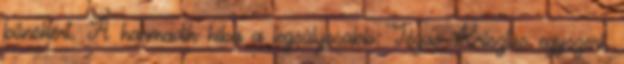
bűnökért. A harmadik hiba a legsúlyosabb: Jézus Krisztus egyszeri,